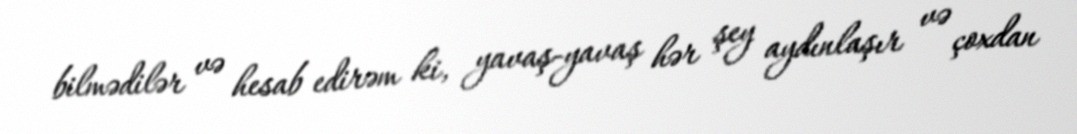
bilmədilər və hesab edirəm ki, yavaş-yavaş hər şey aydınlaşır və çoxdan